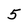
Character: 5